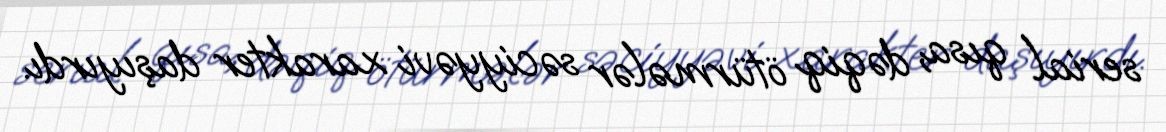
serial qısa, dəqiq ötürmələr səciyyəvi xarakter daşıyırdı.